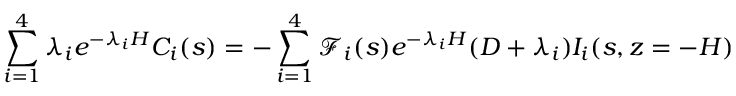
\sum _ { i = 1 } ^ { 4 } \lambda _ { i } e ^ { - \lambda _ { i } H } C _ { i } ( s ) = - \sum _ { i = 1 } ^ { 4 } \mathscr { F } _ { i } ( s ) e ^ { - \lambda _ { i } H } ( D + \lambda _ { i } ) I _ { i } ( s , z = - H )